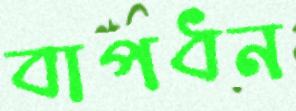
বাপধন